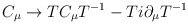
\begin{align*}C_\mu \rightarrow T C_\mu T^{-1} - T i\partial_\mu T^{-1}\end{align*}